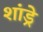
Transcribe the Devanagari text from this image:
शांड्रे